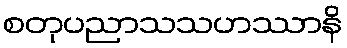
စတုပညာသသဟဿာနိ